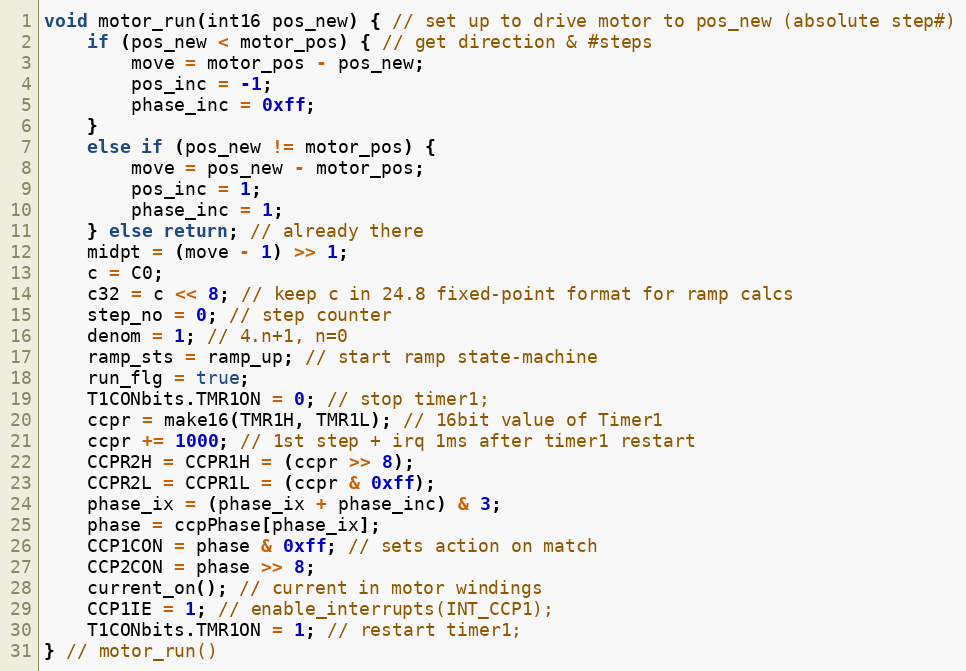
Language: C
void motor_run(int16 pos_new) { // set up to drive motor to pos_new (absolute step#)
    if (pos_new < motor_pos) { // get direction & #steps
        move = motor_pos - pos_new;
        pos_inc = -1;
        phase_inc = 0xff;
    }
    else if (pos_new != motor_pos) {
        move = pos_new - motor_pos;
        pos_inc = 1;
        phase_inc = 1;
    } else return; // already there
    midpt = (move - 1) >> 1;
    c = C0;
    c32 = c << 8; // keep c in 24.8 fixed-point format for ramp calcs
    step_no = 0; // step counter
    denom = 1; // 4.n+1, n=0
    ramp_sts = ramp_up; // start ramp state-machine
    run_flg = true;
    T1CONbits.TMR1ON = 0; // stop timer1;
    ccpr = make16(TMR1H, TMR1L); // 16bit value of Timer1
    ccpr += 1000; // 1st step + irq 1ms after timer1 restart
    CCPR2H = CCPR1H = (ccpr >> 8);
    CCPR2L = CCPR1L = (ccpr & 0xff);
    phase_ix = (phase_ix + phase_inc) & 3;
    phase = ccpPhase[phase_ix];
    CCP1CON = phase & 0xff; // sets action on match
    CCP2CON = phase >> 8;
    current_on(); // current in motor windings
    CCP1IE = 1; // enable_interrupts(INT_CCP1);
    T1CONbits.TMR1ON = 1; // restart timer1;
} // motor_run()